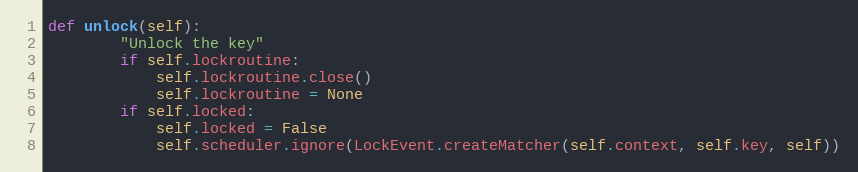
Language: Python
def unlock(self):
        "Unlock the key"
        if self.lockroutine:
            self.lockroutine.close()
            self.lockroutine = None
        if self.locked:
            self.locked = False
            self.scheduler.ignore(LockEvent.createMatcher(self.context, self.key, self))